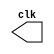
// ------------------------- 
// Exemplo0041  CLOCK
// Nome: Lucas Siqueira Chagas	
// -------------------------

// --------------------------- 
// -- test clock generator (1) 
// --------------------------- 
 
module clock ( clk ); 
 output clk; 
 reg      clk; 
 
 initial 
  begin 
   clk = 1'b0; 
  end 
 
 always 
  begin 
   #12 clk = ~clk; 
  end 
 
endmodule // clock ( ) 
 
module Exemplo0041; 
 
 wire  clk; 
 clock CLK1 ( clk ); 
 
 initial begin 
  $dumpfile ( "Exemplo041.vcd" ); 
  $dumpvars; 
 
  #120 $finish; 
 end 
 
endmodule // Exemplo041 ( )